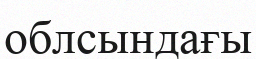
облсындағы